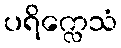
ပရိက္လေသံ